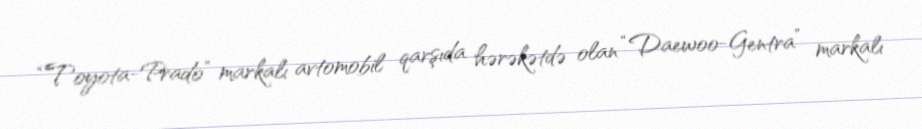
“Toyota-Prado” markalı avtomobil qarşıda hərəkətdə olan “Daewoo-Gentra” markalı